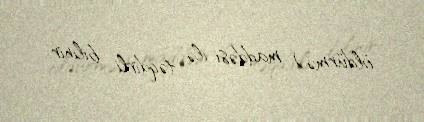
öldürmə) maddəsi ilə təqdirli bilinir.